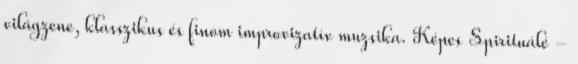
világzene, klasszikus és finom improvizatív muzsika. Képes Spirituálé -